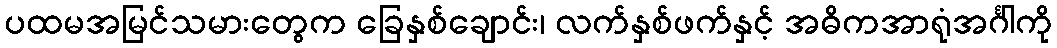
ပထမအမြင်သမားတွေက ခြေနှစ်ချောင်း၊ လက်နှစ်ဖက်နှင့် အဓိကအာရုံအင်္ဂါကို